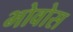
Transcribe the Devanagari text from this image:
भोवोस